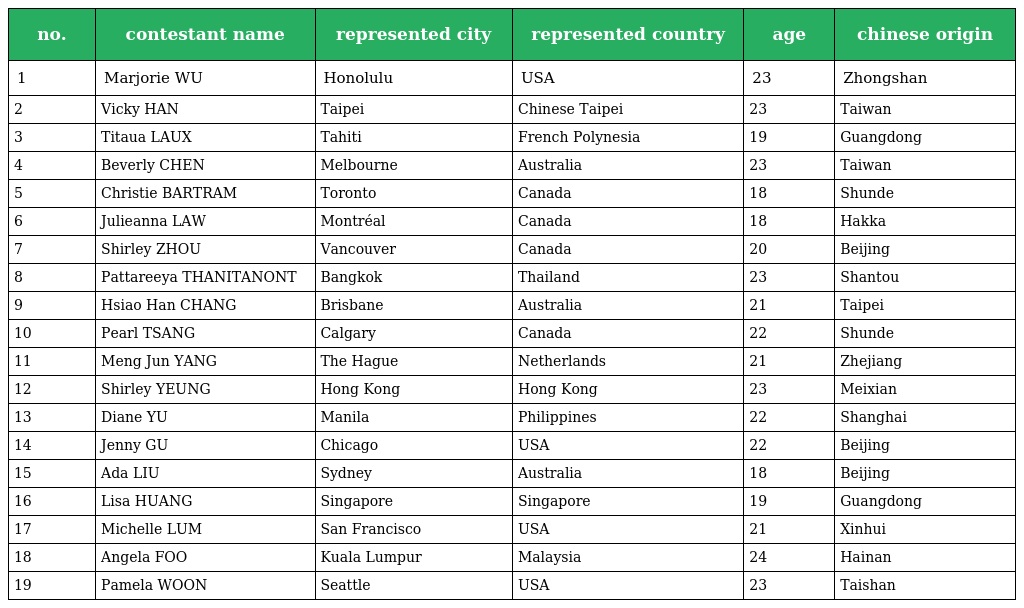
| no. | contestant name | represented city | represented country | age | chinese origin |
 | --- | --- | --- | --- | --- | --- |
 | 1 | Marjorie WU 胡凱欣 | Honolulu | USA | 23 | Zhongshan |
 | 2 | Vicky HAN 郝書婷 | Taipei | Chinese Taipei | 23 | Taiwan |
 | 3 | Titaua LAUX 劉金燕 | Tahiti | French Polynesia | 19 | Guangdong |
 | 4 | Beverly CHEN 陳思羽 | Melbourne | Australia | 23 | Taiwan |
 | 5 | Christie BARTRAM 白穎茵 | Toronto | Canada | 18 | Shunde |
 | 6 | Julieanna LAW 羅婷婷 | Montréal | Canada | 18 | Hakka |
 | 7 | Shirley ZHOU 周雪 | Vancouver | Canada | 20 | Beijing |
 | 8 | Pattareeya THANITANONT 王麗君 | Bangkok | Thailand | 23 | Shantou |
 | 9 | Hsiao Han CHANG 張少涵 | Brisbane | Australia | 21 | Taipei |
 | 10 | Pearl TSANG 曾曉妍 | Calgary | Canada | 22 | Shunde |
 | 11 | Meng Jun YANG 楊夢珺 | The Hague | Netherlands | 21 | Zhejiang |
 | 12 | Shirley YEUNG 楊思琦 | Hong Kong | Hong Kong | 23 | Meixian |
 | 13 | Diane YU 楊如依 | Manila | Philippines | 22 | Shanghai |
 | 14 | Jenny GU 顧颭 | Chicago | USA | 22 | Beijing |
 | 15 | Ada LIU 劉梓嬌 | Sydney | Australia | 18 | Beijing |
 | 16 | Lisa HUANG 黃淑君 | Singapore | Singapore | 19 | Guangdong |
 | 17 | Michelle LUM 林美儀 | San Francisco | USA | 21 | Xinhui |
 | 18 | Angela FOO 符愫娛 | Kuala Lumpur | Malaysia | 24 | Hainan |
 | 19 | Pamela WOON 溫美玲 | Seattle | USA | 23 | Taishan |